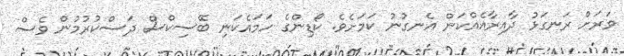
ވަރަށް ރަނގަޅު ދާއިރާއެއްކަން އެނގުނު ކަމަށެވެ. ކޯޑިންގެ ހަމައެކަނި ބޭސިކްސް ދަސްކުރުމުން ވެސް